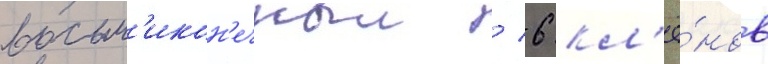
восьм'икон'ечныи / 6 кл'ё́нов